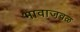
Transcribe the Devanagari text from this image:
भावाजवळ